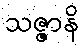
သဇ္ဇာနိ